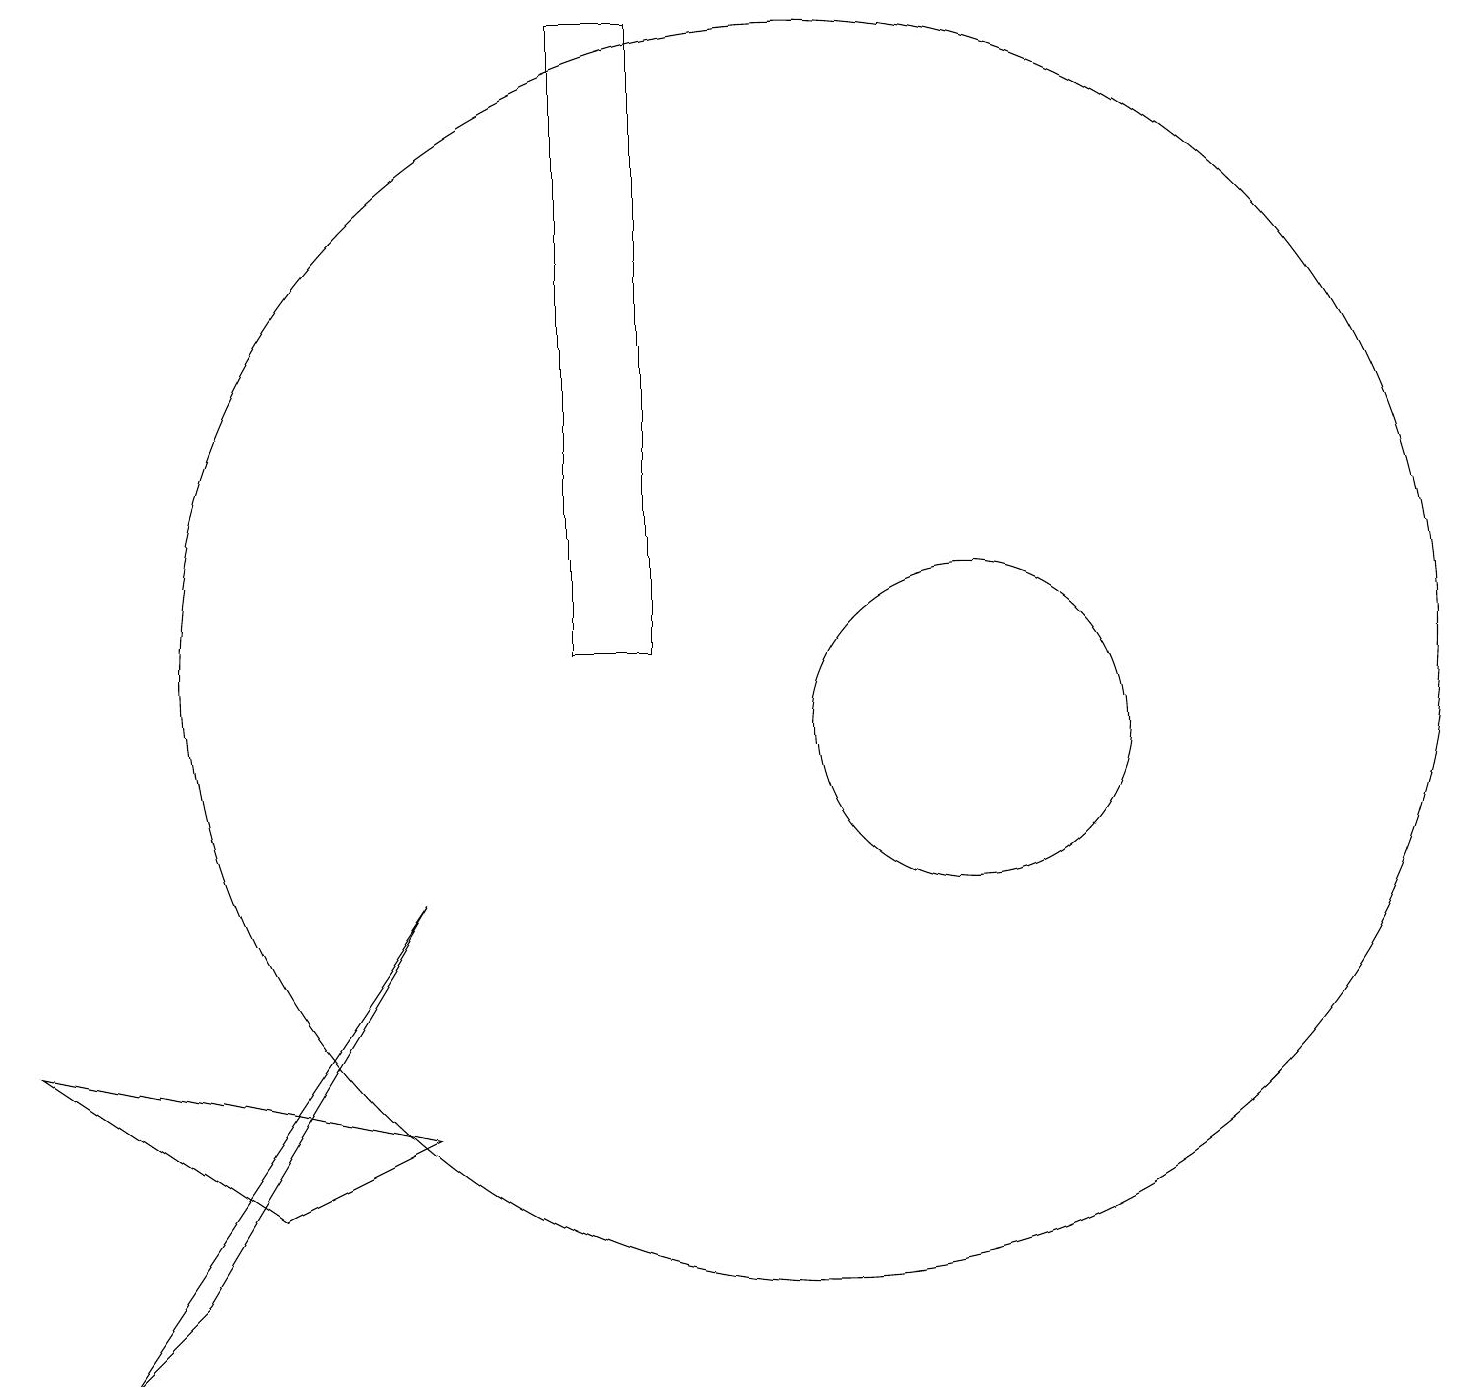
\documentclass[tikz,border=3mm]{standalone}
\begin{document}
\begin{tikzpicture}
\draw (12,10) circle (2);
\draw (10,11) circle (8);
\draw (2,3) -- (1,2) -- (5,8) -- cycle;
\draw (8,11) rectangle (7,19);
\draw (5,5) -- (3,4) -- (0,6) -- cycle;
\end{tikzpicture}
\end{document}